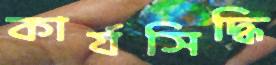
কার্যসিদ্ধি